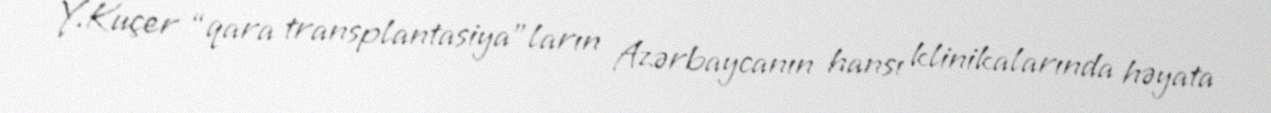
Y.Kuçer “qara transplantasiya”ların Azərbaycanın hansı klinikalarında həyata